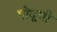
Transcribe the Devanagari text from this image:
गोदूची